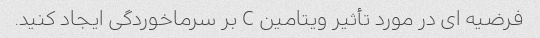
فرضیه ای در مورد تأثیر ویتامین C بر سرماخوردگی ایجاد کنید.